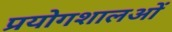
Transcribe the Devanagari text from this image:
प्रयोगशालओं